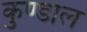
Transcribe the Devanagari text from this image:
कुण्डाल